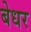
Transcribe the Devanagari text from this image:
बेधर